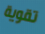
تقوية